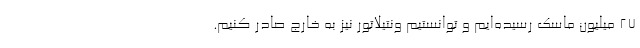
۲۷ میلیون ماسک رسیده‌ایم و توانستیم ونتیلاتور نیز به خارج صادر کنیم.